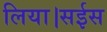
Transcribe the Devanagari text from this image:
लिया।सईस